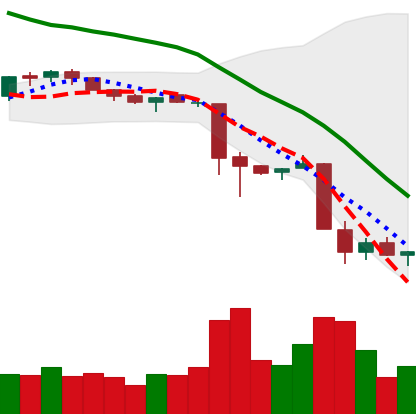
Ticker: XMR-USD
Chart end date: 2018-11-23
Forward return: -4.657%
Label: down_3_5